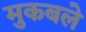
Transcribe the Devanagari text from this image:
मुकबले